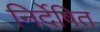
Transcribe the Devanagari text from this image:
निर्देषित